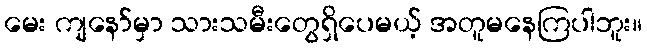
မေး ကျနော်မှာ သားသမီးတွေရှိပေမယ့် အတူမနေကြပါဘူး။